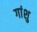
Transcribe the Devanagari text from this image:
गांशु